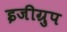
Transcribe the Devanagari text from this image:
इजीग्रुप